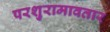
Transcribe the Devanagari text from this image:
परशुरामावतार